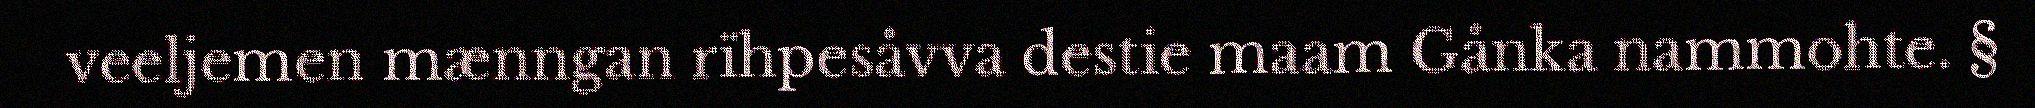
veeljemen mænngan rïhpesåvva destie maam Gånka nammohte. §